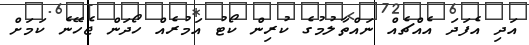
އަދި އެފަދަ އެއްޗެއް ނައްތާލުމުގެ ކުރިން ކޯޓު އަމުރެއް ހޯދަން ޖެހޭނެ ކަމަށް